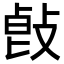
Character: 𢽭